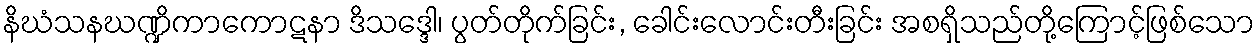
နိဃံသနဃဏ္ဍိကာကောဋနာ ဒိသဒ္ဒေါ၊ ပွတ်တိုက်ခြင်း, ခေါင်းလောင်းတီးခြင်း အစရှိသည်တို့ကြောင့်ဖြစ်သော